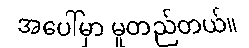
အပေါ်မှာ မူတည်တယ်။